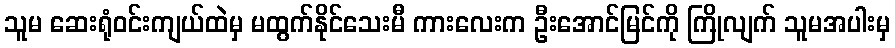
သူမ ဆေးရုံဝင်းကျယ်ထဲမှ မထွက်နိုင်သေးမီ ကားလေးက ဦးအောင်မြင်ကို ကြိုလျက် သူမအပါးမှ